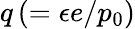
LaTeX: q\, (=\epsilon e/p_{0})